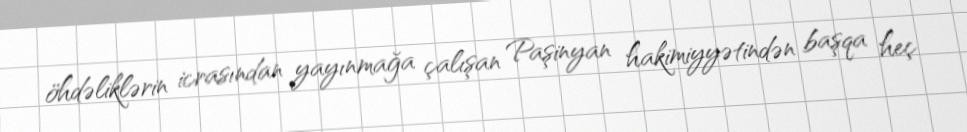
öhdəliklərin icrasından yayınmağa çalışan Paşinyan hakimiyyətindən başqa heç